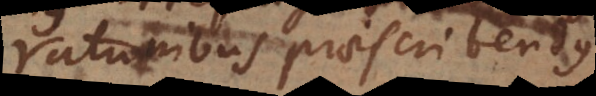
rationibus praescribendus.